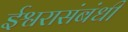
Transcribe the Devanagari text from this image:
ईश्वरासंबंधी